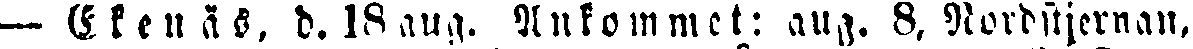
— Ekenäs, d. 18 aug. Ankommet: aug. 8. Nordstjernan,